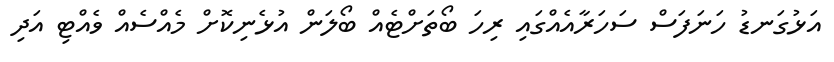
އަޅުގަނޑު ހަނަފަސް ސަހަރާއެއްގައި ރިހަ ބޯތަށްޓެއް ބޯލަން އުޅެނިކޮށް މެއްސެއް ވެއްޓި އަދި